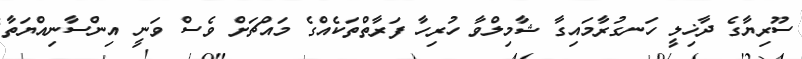
ސޫރިޔާގެ ދާޚިލީ ހަނގުރާމައިގާ ޝާމިލްވާ ހުރިހާ ފަރާތްތަކެއްގެ މައްޗަށް ވެސް ވަނީ އިންސާނިއްޔަތާ